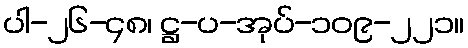
ပါ-၂၆-၄၈၊ ဋ္ဌ-ပ-အုပ်-၁၀၉-၂၂၁။